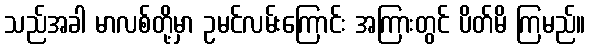
သည်အခါ မာလစ်တို့မှာ ဥမင်လမ်းကြောင်း အကြားတွင် ပိတ်မိ ကြမည်။